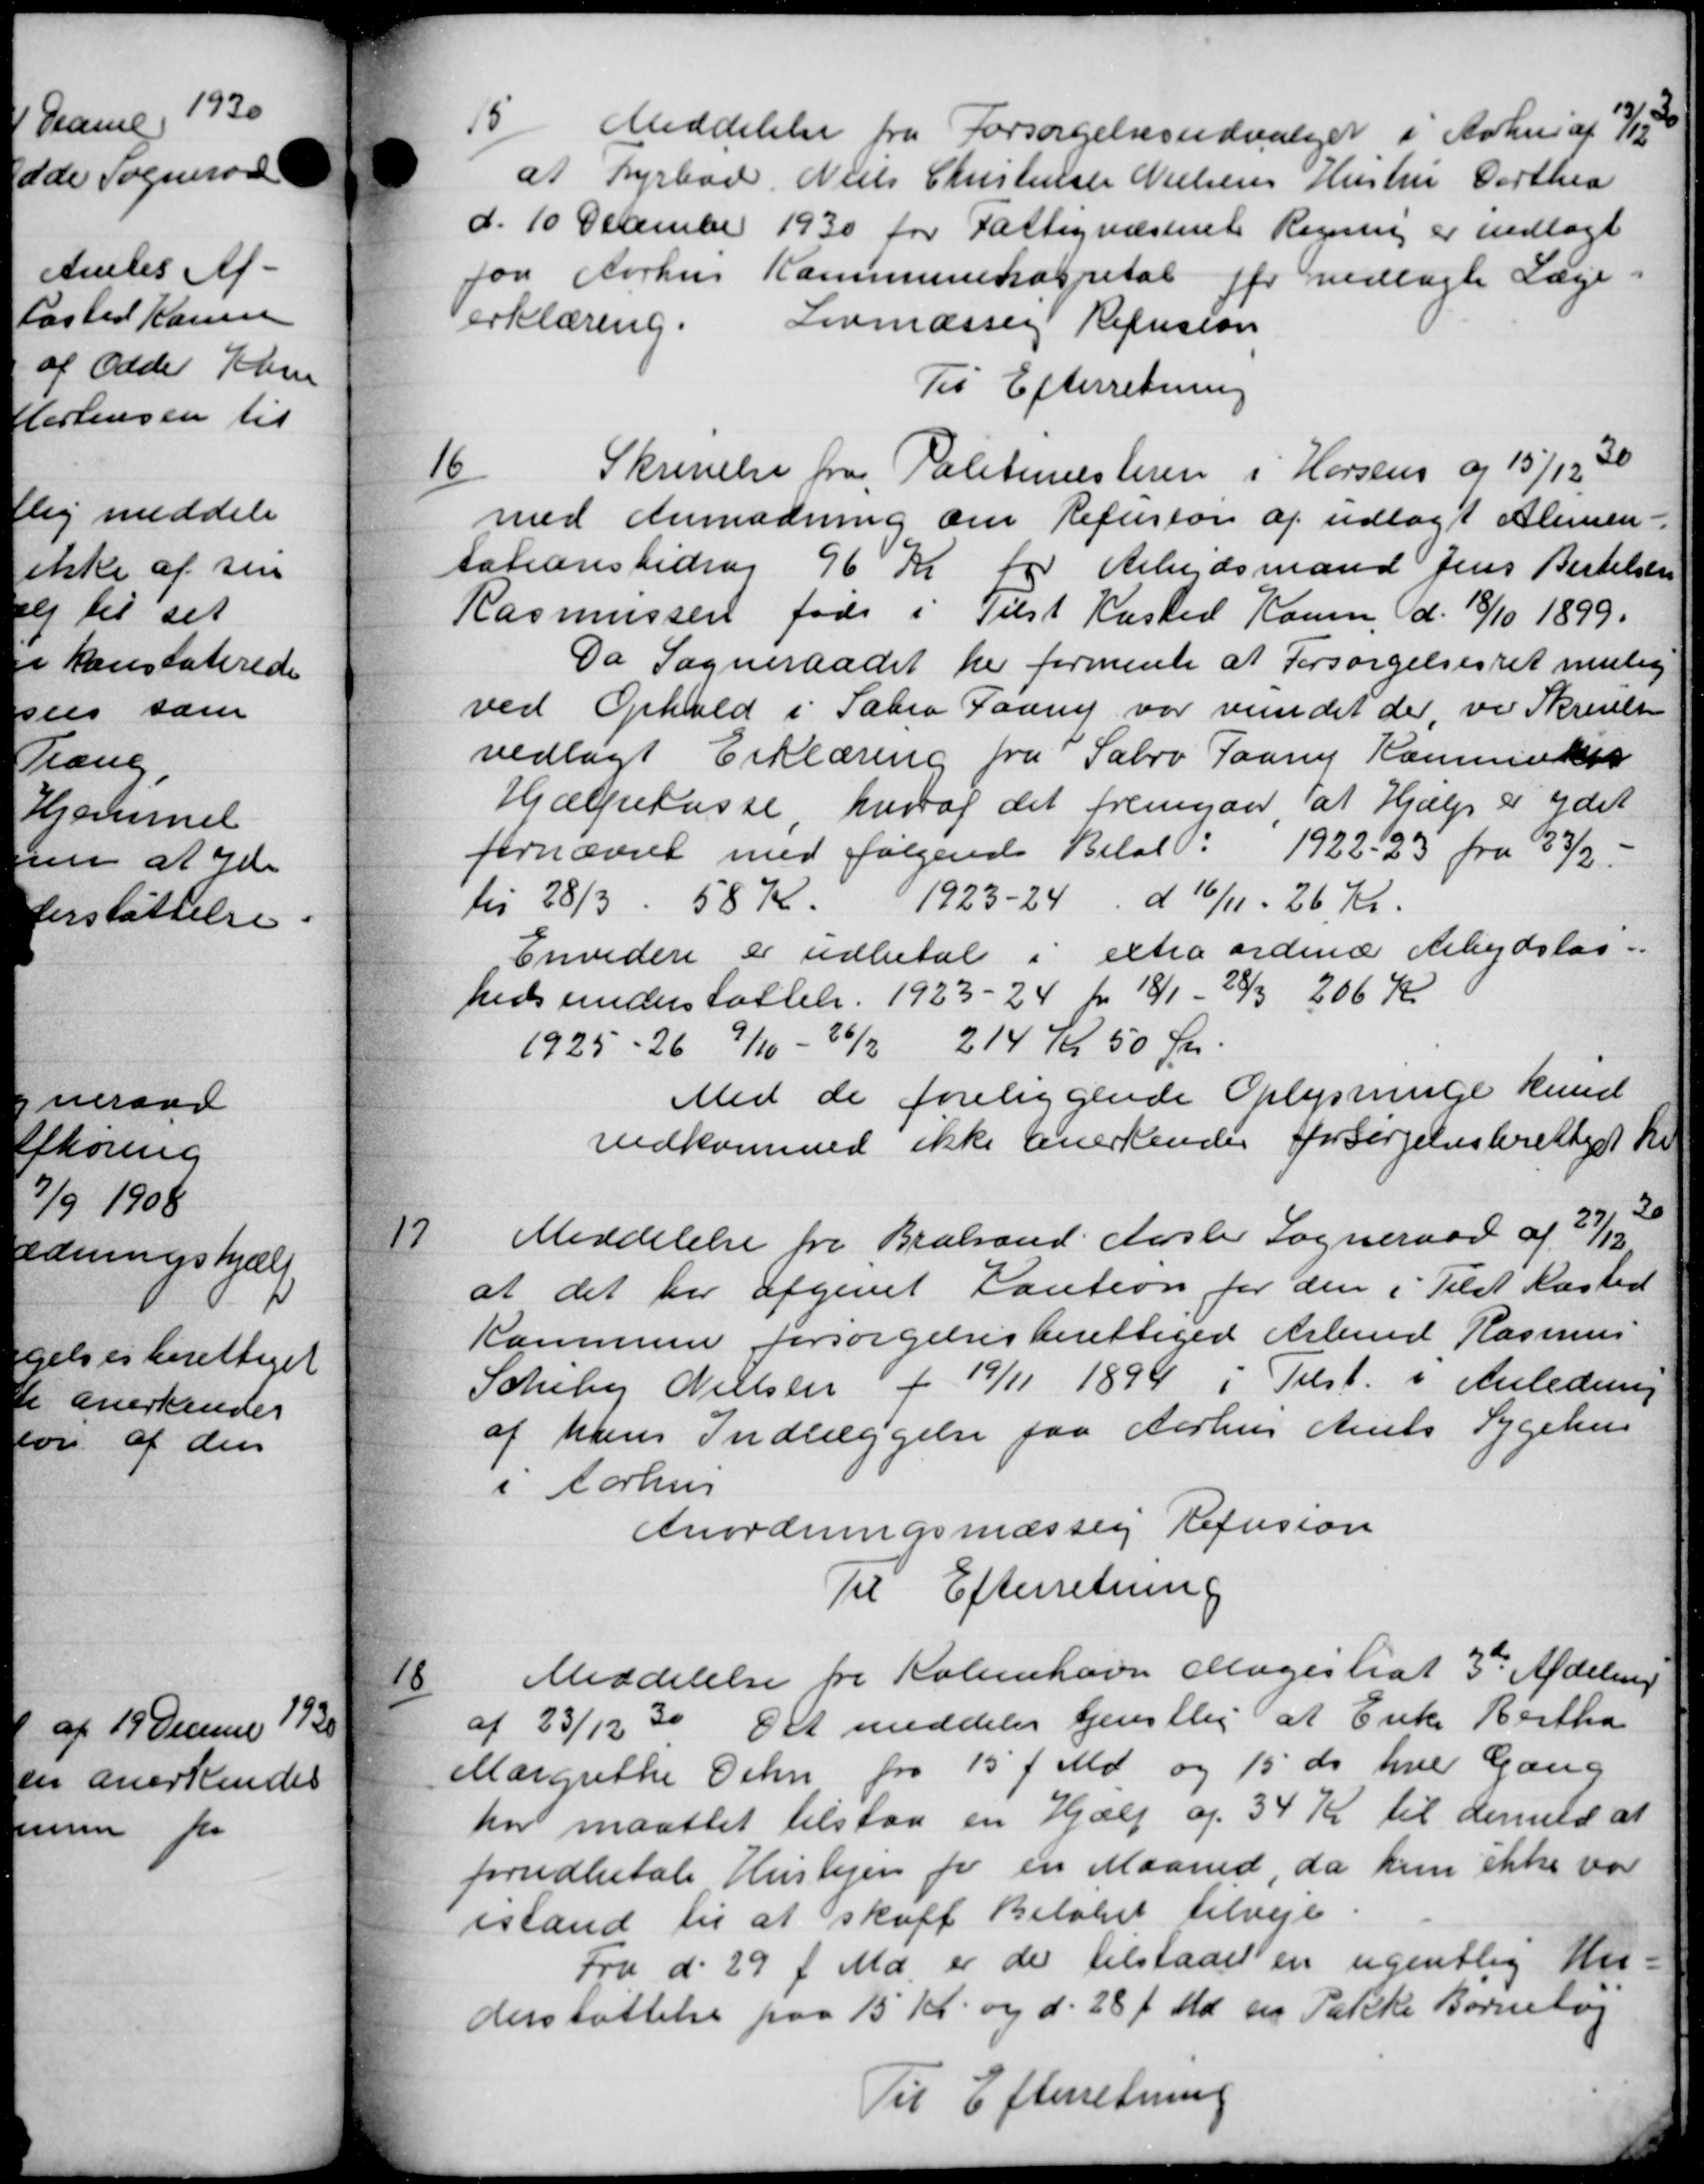
Transskription:
15
Meddelelse fra Forsørgelsesudvalget i Århus af 13/12
at Dyrbad Niels Christensen Nielsens Hustru Dorthea
d. 10 December 1930 for Fattigvæsenet Regning er indlagt
for Aarhus Kommunehospital for vedlagte Læge-
erklæring. Lovmæssig Refusion
Til Efterretning
16
Skrivelse fra Politimesteren i Horsens og 15/12 - 30
med Anmodning om Refusion af udlagt Alimen-
tationsbidrag 96 Kr for Arbejdsmand Jens Bertelsen
Rasmussen født i Tilst Kasted Hansen, d. 18/10 1899.
Da Sogneraadet her formente at Forsørgelsesret mulig
ved Ophold i Sabro Faany var vundet der, vi Skrivelse
vedlagt Erklæring fra Sabro Paany Kammiker
Hjælpekasse, hvoraf det fremgaar at Hjælp er ydet
fornævnt med følgende Beløb: 1922-23 fra 33/2.
til 28/3 - 58 Kr. 1923-24 d. 16/11 - 26 Kr.
Envidere er udbetale i extra ordinær Arbejdsløs-
hedsunderstøttelse 1923 - 24 fra 18/1 - 28/3 206 Kr.
1925-26 9/10 - 26/2 214 Kr 50 Kr.
Med de foreliggende Oplysninge kund
vedkommed ikke anerkendes forsørgelsesberettiget Kr
17
Meddelelse fra Brabrand Aarslev Sogneraad af 27/12
at det her afgivet Kaution for den i Tilst Næsted
Kommune forsørgelsesberettiget Arbmd Rasmus
Scheby Nielsen f 19/11 1894 i Tilst. i Anledning
af hans Indlæggelse fra Aarhus Amts Sygehus
i Aarhus
Anordningsmæssig Refusion
Til Efterretning
18
Meddelelse fra København Magistrat 3' Afdeling
af 23/12 30 Det meddeler tjenstlig at Enke Bertha
Margrethe Oehn fra 15 f. Md. og 15 ds hver Gang
har maattet tilstaa en Hjælp og 34 Kr til denned at
forudbetale Huslejen for en Maaned, da hun ikke var
istand til at skaffe Beløbet tilveje
Fra d. 29 f. Md. er der tilstaaet en ugentlig Un-
derstøttelse paa 15 Kr. og d. 28 f. Md. ein Takke Børnebog
Til Efterretning